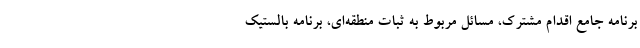
برنامه جامع اقدام مشترک، مسائل مربوط به ثبات منطقه‌ای، برنامه بالستیک